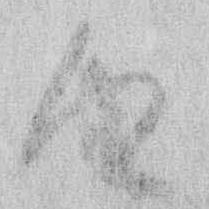
由